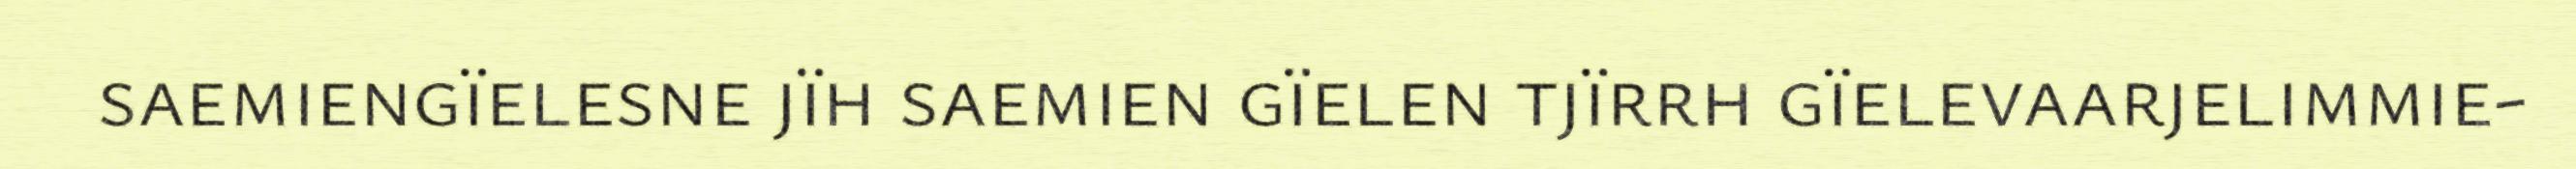
saemiengïelesne jïh saemien gïelen tjïrrh gïelevaarjelimmie-